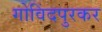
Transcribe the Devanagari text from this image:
गोविंदपुरकर